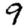
Digit: 9